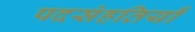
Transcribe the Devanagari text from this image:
पदसंहतियाँ